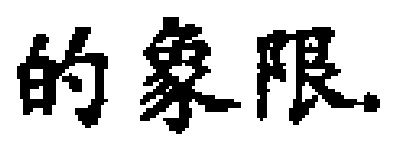
的象限.